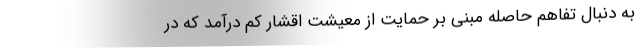
به دنبال تفاهم‌ حاصله مبنی بر حمایت از معیشت اقشار کم درآمد که در